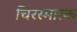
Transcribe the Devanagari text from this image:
चिरस्मारक